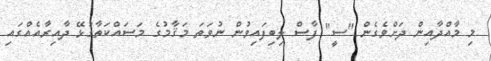
މި މާއްދާއިން ދަށްވެގެން "ސީ" ފާސް ލިބިފައިވުން ނުވަތަ މަޤާމުގެ މަސައްކަތާގުޅޭ ދާއިރާއެއްގައި